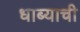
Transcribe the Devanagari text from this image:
धाब्याची